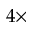
4 \times